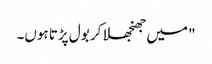
" میں جھنجھلا کر بول پڑتا ہوں۔